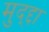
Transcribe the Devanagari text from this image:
मुद्द्दा